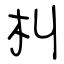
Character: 朻